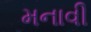
મનાવી